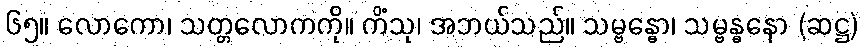
၆၅။ လောကော၊ သတ္တလောကကို။ ကိံသု၊ အဘယ်သည်။ သမ္ဗန္ဓော၊ သမ္ဗန္ဓနော (ဆဋ္ဌ)